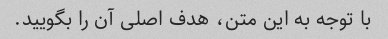
با توجه به این متن، هدف اصلی آن را بگویید.